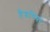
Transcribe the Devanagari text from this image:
हैडवियर